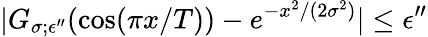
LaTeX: |G_{\sigma;\epsilon^{\prime\prime}}(\cos(\pi x/T))-e^{-x^{2}/(2\sigma^{2})}|\le\epsilon^{\prime\prime}